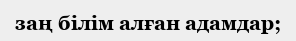
заң бiлiм алған адамдар;